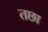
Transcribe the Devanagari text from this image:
तछा